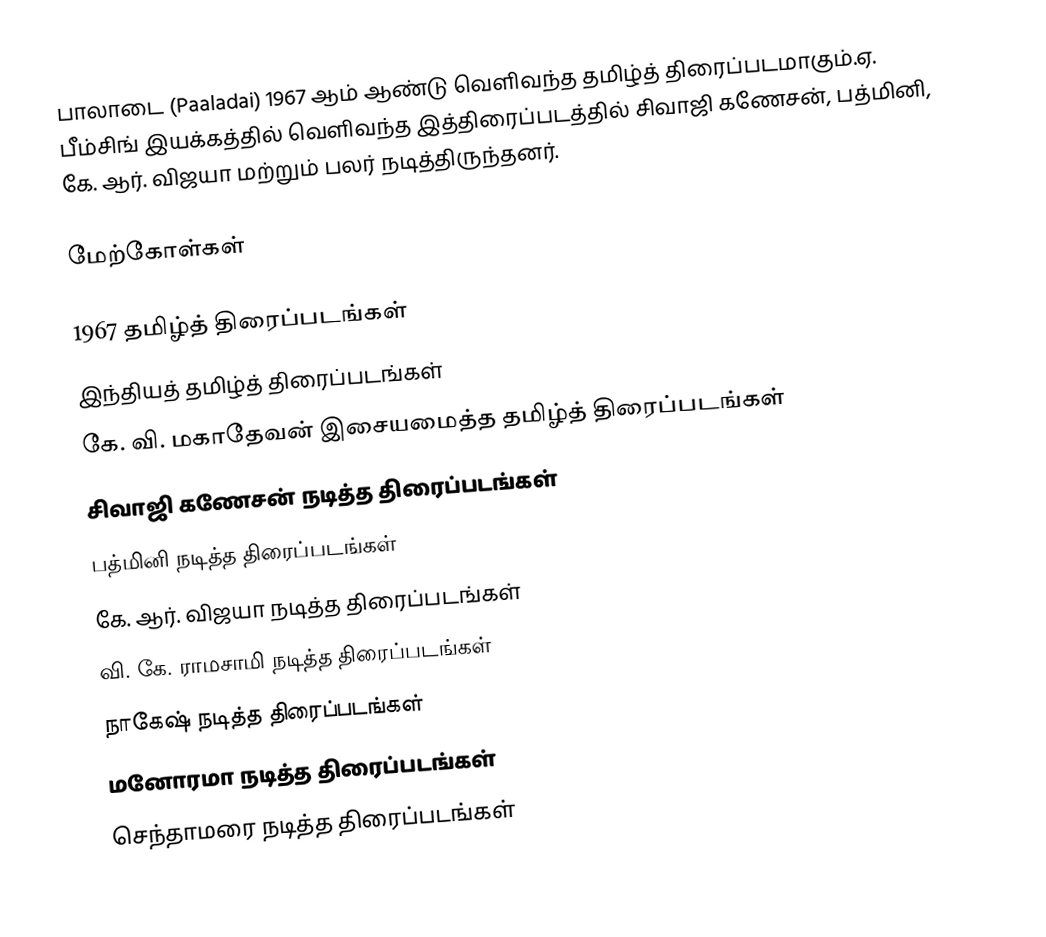
பாலாடை (Paaladai) 1967 ஆம் ஆண்டு வெளிவந்த தமிழ்த் திரைப்படமாகும்.ஏ. பீம்சிங் இயக்கத்தில் வெளிவந்த இத்திரைப்படத்தில் சிவாஜி கணேசன், பத்மினி, கே. ஆர். விஜயா மற்றும் பலர் நடித்திருந்தனர்.

மேற்கோள்கள்

1967 தமிழ்த் திரைப்படங்கள்
இந்தியத் தமிழ்த் திரைப்படங்கள்
கே. வி. மகாதேவன் இசையமைத்த தமிழ்த் திரைப்படங்கள்
சிவாஜி கணேசன் நடித்த திரைப்படங்கள்
பத்மினி நடித்த திரைப்படங்கள்
கே. ஆர். விஜயா நடித்த திரைப்படங்கள்
வி. கே. ராமசாமி நடித்த திரைப்படங்கள்
நாகேஷ் நடித்த திரைப்படங்கள்
மனோரமா நடித்த திரைப்படங்கள்
செந்தாமரை நடித்த திரைப்படங்கள்